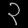
Digit: ၃